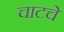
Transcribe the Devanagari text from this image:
चाटचे